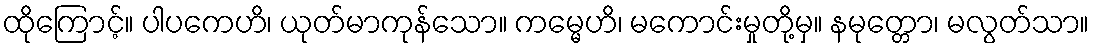
ထိုကြောင့်။ ပါပကေဟိ၊ ယုတ်မာကုန်သော။ ကမ္မေဟိ၊ မကောင်းမှုတို့မှ။ နမုတ္တော၊ မလွတ်သာ။